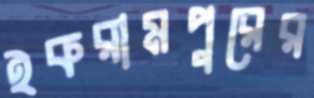
ইকরামপুরের